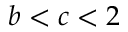
b < c < 2